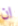
ان